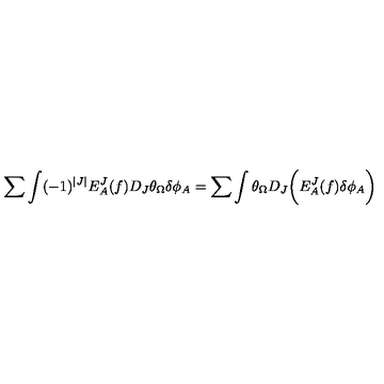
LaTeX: \sum \int ( - 1 ) ^ { | J | } E _ { A } ^ { J } ( f ) D _ { J } \theta _ { \Omega } \delta \phi _ { A } = \sum \int \theta _ { \Omega } D _ { J } \biggl ( E _ { A } ^ { J } ( f ) \delta \phi _ { A } \biggr )